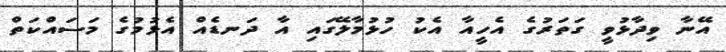
އޭނާ ވިދާޅުވީ ގަތަރުގެ އެހީއާ އެކު ހުޅުމާލޭގައި އާ ދަނޑެއް އެޅުމުގެ މަސައްކަތް